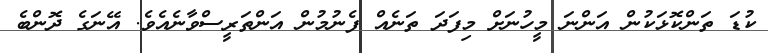
ކުޑަ ތަންކޮޅަކުން އަންނަ މީހުނަށް މިފަދަ ތަނެއް ފެނުމުން އަންތަރީސްވާނެއެވެ. އޭނަގެ ދޮންބެ